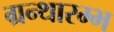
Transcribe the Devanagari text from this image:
ग्रन्थारम्भ